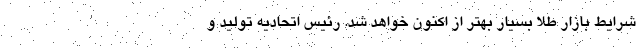
شرایط بازار طلا بسیار بهتر از اکنون خواهد شد. رئیس اتحادیه تولید و